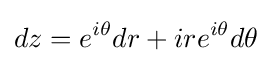
dz=e^{i\theta }dr+ire^{i\theta }d\theta